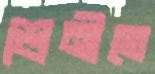
শ্রেনীতে